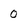
Character: 0